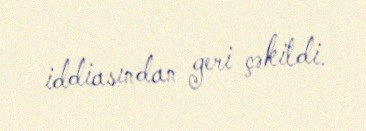
iddiasından geri çəkildi.